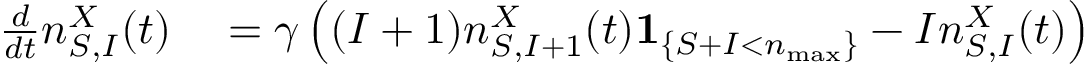
\begin{array} { r l } { \frac { d } { d t } n _ { S , I } ^ { X } ( t ) } & { { } = \gamma \left( ( I + 1 ) n _ { S , I + 1 } ^ { X } ( t ) \mathbf { 1 } _ { \left\{ S + I < n _ { \operatorname* { m a x } } \right\} } - I n _ { S , I } ^ { X } ( t ) \right) } \end{array}